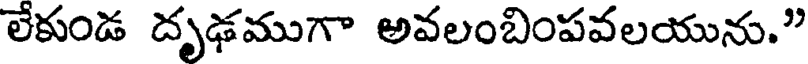
లేకుండ దృఢముగా అవలంబింపవలయును."